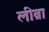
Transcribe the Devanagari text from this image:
लीब्रा